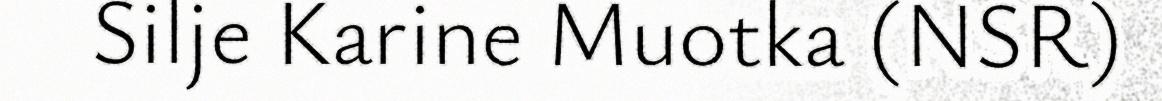
Silje Karine Muotka (NSR)